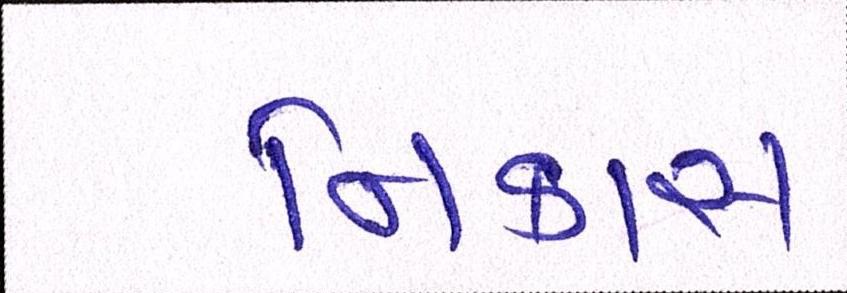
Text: નિકાસ